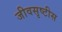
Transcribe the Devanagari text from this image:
जीवसृष्टीस